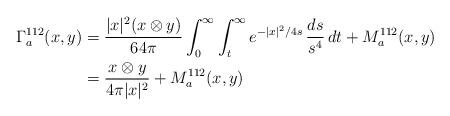
LaTeX: \begin{align*}\Gamma_a^{112}(x,y)&=\frac{|x|^2(x\otimes y)}{64\pi}\int_0^\infty \int_t^\infty e^{-|x|^2/4s}\,\frac{ds}{s^4}\, dt+M^{112}_a(x,y) \\&=\frac{x\otimes y}{4\pi|x|^2}+M^{112}_a(x,y)\end{align*}